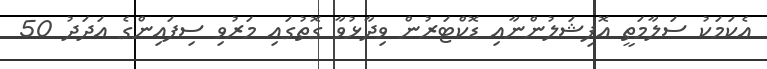
އެކަމަކު ސަލާމަތީ އޮފިޝަލުންނާއި ޑޮކްޓަރުން ވިދާޅުވާ ގޮތުގައި މަރުވި ސިފައިންގެ އަދަދު 50